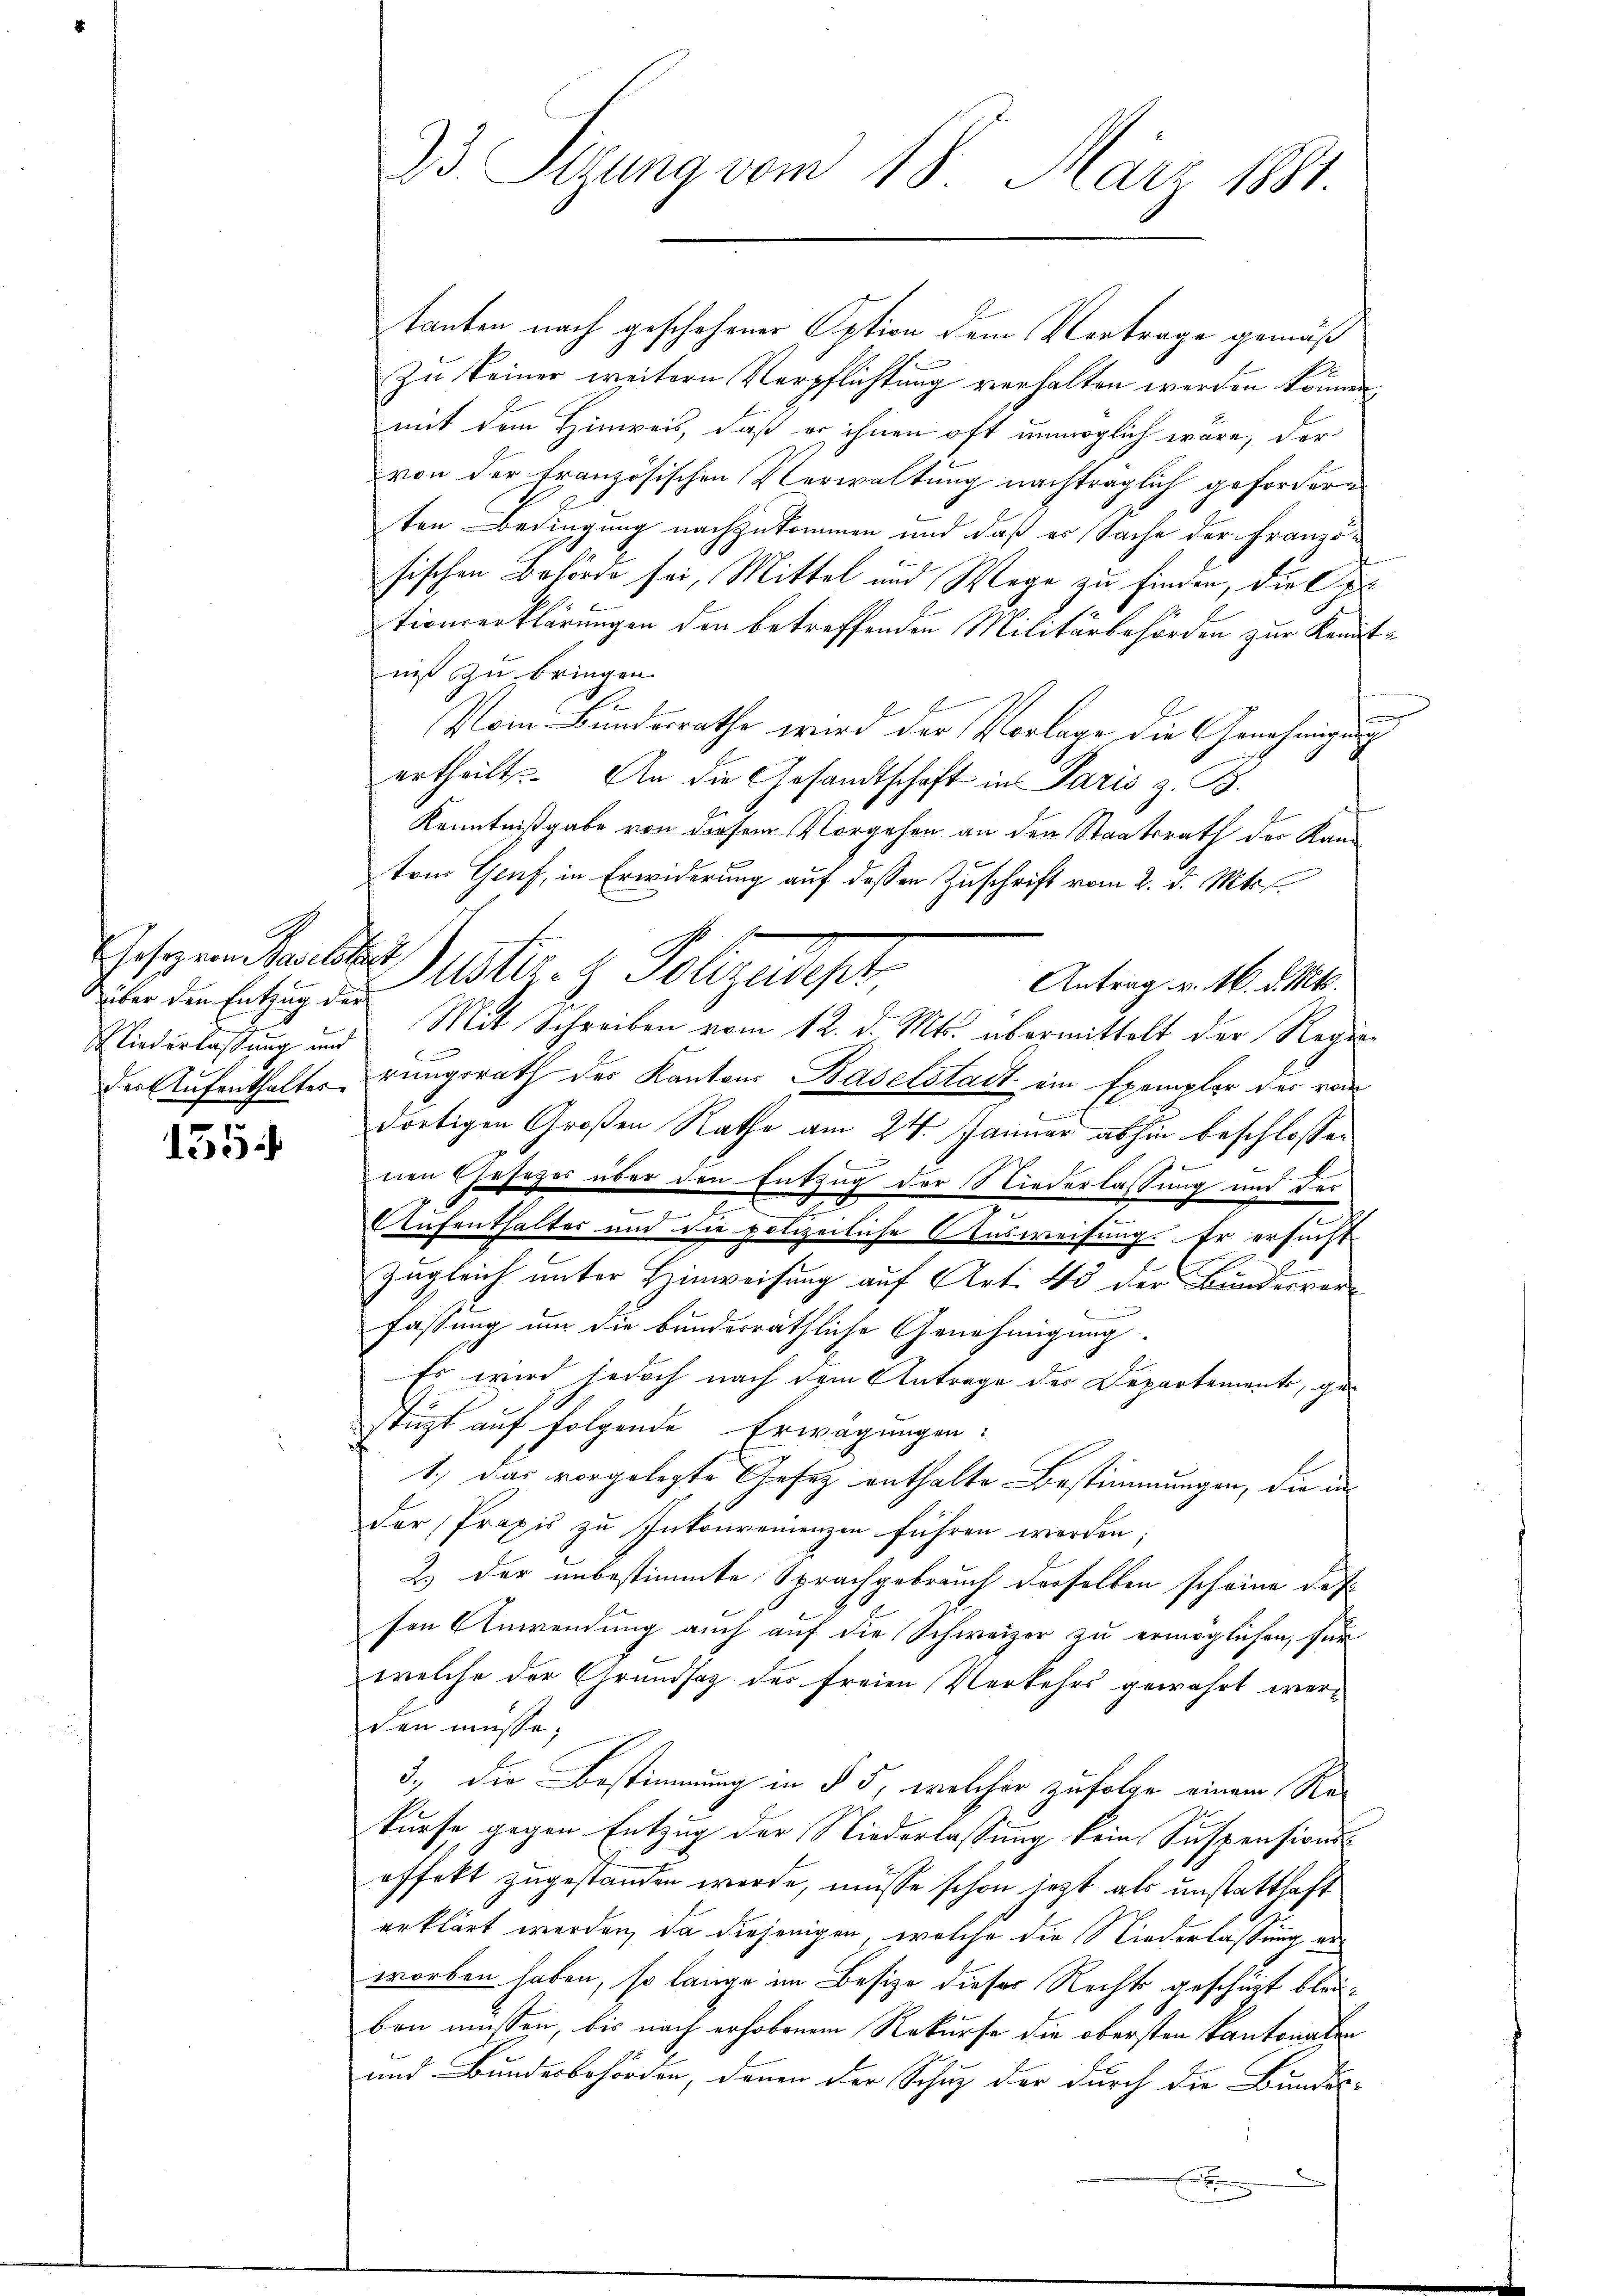
über den Entzug der
Niederlassung und

1554

23. Sitzung vom 18. März 1881.

tanten nach geschehener Option dem Vortrage gemäß
Zu keiner weitern Verpflichtung verhalten werden können
mit dem Hinweis, daß er ihnen oft unmöglich wäre, der
von der französischen Verwaltung nachträglich gefordern
ten Bedingung nachzukommen und daß er Sache der Franzöfischen Behörde sei, Mittel und Wege zu finden, die Ope
tionserklärungen den betreffenden Militärbehörden zur Kenntniß zu bringen.
Vom Bundesrathe wird der Vorlage die Genehmigung
ertheilt. An die Gesandtschaft in Paris z. B.
Kenntnißgabe von diesem Vorgehen an den Staatsrath der Kanton Genf, in Erwiderung auf dessen Zuschrift vom 2. d. Mts.
Antrag v. 16. d. Mts.
Mit Schreiben vom 12. d. Mts. übermittelt der Regieder Aufenthalterungsrath des Kantons Baselstadt ein Exemplar der vom
dortigen Großen Rathe am 24. Januar abhin beschlossen
E
nen Gesetzes über den Entzug der Niederlassung und der
e
Aufenthalter und die polizeiliche Ausweisung. Er ersucht
Zugleich unter Hinweisung auf Art. 45 der Bundervorfassung um die bundesräthliche Genehmigung.
Es wird jedoch nach dem Antrage des Departement, gestüzt auf folgende Erwägungen:
1.) Das vorgelegte Gesetz enthalte Bestimmungen, die in
der, Praxis zu Inkonvenienzen führen werden;
2) der unbestimmte Sprachgebrauch derselben scheine das
sen Anwendung auch auf die Schweizer zu ermöglichen, für
welche der Grundsatz des freien Verkehrs gewährt werden müsse;
3., die Bestimmung in § 5, welcher zufolge einem Rekurfe gegen Entzug der Niederlassung kein Suspensions-
offekt zugestanden werde, müsse schon jetzt als unstatthaft
erklärt werden, da diejenigen, welche die Niederlassung erworben haben, so lange im Besize dieser Rechts geschüzt bleiben müssen, bis nach erhobenem Rekurse die obersten Kantonalen
und Bundesbehörden, denen der Schuz der durch die Bundes-
.

Jeszen Realla Justi. 2 Polizeidept,